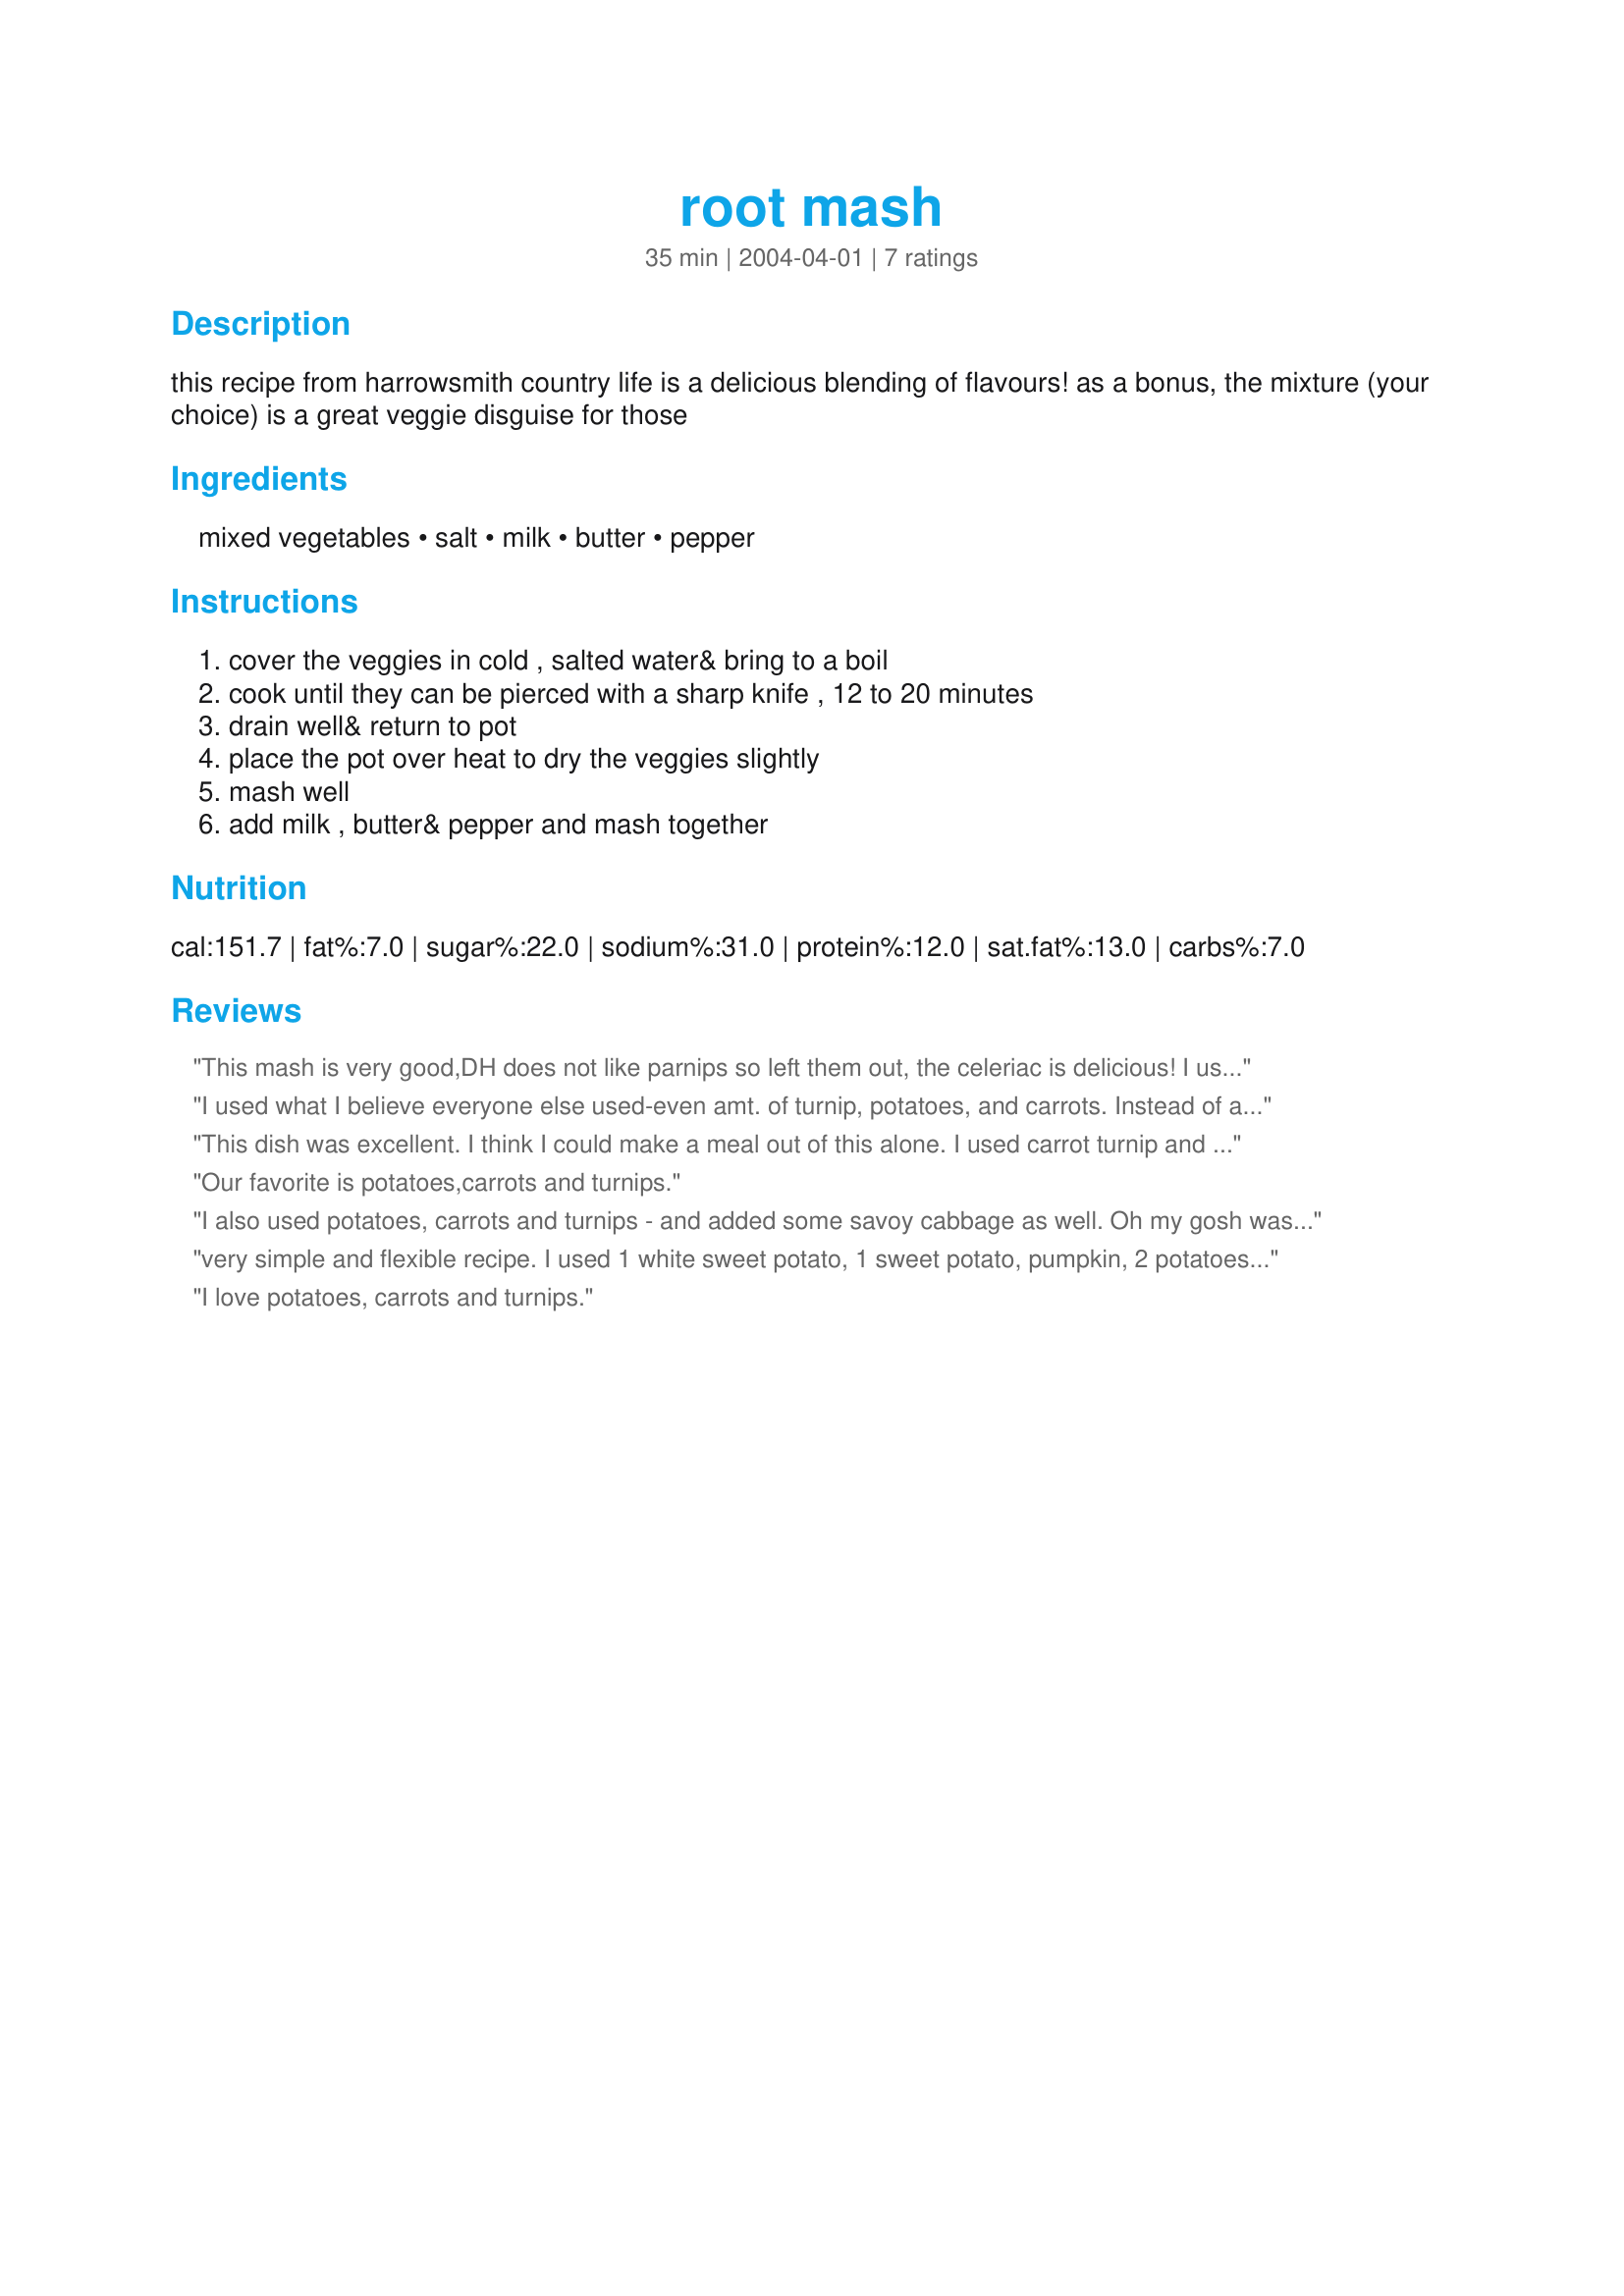
root mash
Preparation time: 35 minutes

this recipe from harrowsmith country life is a delicious blending of flavours! as a bonus, the mixture (your choice) is a great veggie disguise for those

Ingredients:
mixed vegetables, salt, milk, butter, pepper

Steps:
cover the veggies in cold , salted water& bring to a boil, cook until they can be pierced with a sharp knife , 12 to 20 minutes, drain well& return to pot, place the pot over heat to dry the veggies slightly, mash well, add milk , butter& pepper and mash together

Reviews:
This mash is very good,DH does not like parnips so left them out, the celeriac is delicious!
I used half and half cream (instead of milk)this makes a nice creamy mixture! Served with meatloaf and green beans YUMMY!!
I used what I believe everyone else used-even amt. of turnip, potatoes, and carrots. Instead of adding salt to the water I cooked the veggies in vegetable broth. Very, very nice, my family isn't a fan of turnip and they didn't even notice it!.
Thank You Country Lady!
This dish was excellent. I think I could make a meal out of this alone. I used carrot turnip and potatoes. The next time I will try it with parsnips or celeriac. Thanks CountryLady.
Our favorite is potatoes,carrots and turnips.
I also used potatoes, carrots and turnips - and added some savoy cabbage as well. Oh my gosh was this good!!! The flavors are excellent and really come together. I look forward to having this again. Thanks for a keeper CountryLady!
very simple and flexible recipe. I used 1 white sweet potato, 1 sweet potato, pumpkin, 2 potatoes and 3 parsnips and used cream instead of milk. I also cooked them in the microwave. I made it to go with 'really good vegetarian meatloaf' 33921
I love potatoes, carrots and turnips.
